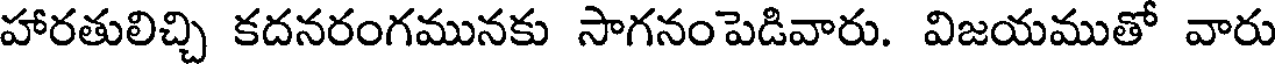
హారతులిచ్చి కదనరంగమునకు సాగనంపెడివారు. విజయముతో వారు